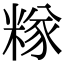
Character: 𥻖